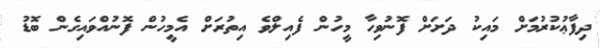
ދިފާޢުކުރުމަށް މައިކު ދަށަށް ފޮނުވިހާ މީހުން ފެއިލްވެ އިތުރަށް އެމީހުން ފޮނުއްވައިގެން ބޮޑު